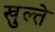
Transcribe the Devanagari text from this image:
खुल्ते